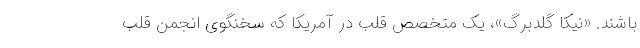
باشند. «نیکا گلدبرگ»، یک متخصص قلب در آمریکا که سخنگوی انجمن قلب